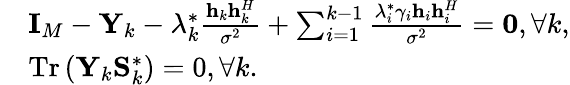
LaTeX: \begin{array}{rl}&{{{\mathbf{I}}_{M}}-{{\mathbf{Y}}_{k}}-\lambda_{k}^{*}\frac{{{{\mathbf{h}}_{k}}{\mathbf{h}}_{k}^{H}}}{{{\sigma^{2}}}}+\sum_{i=1}^{k-1}{\frac{{\lambda_{i}^{*}{\gamma_{i}}{{\mathbf{h}}_{i}}{\mathbf{h}}_{i}^{H}}}{{{\sigma^{2}}}}}={\mathbf{0}},\forall k,}\\ &{\mathrm{{Tr}}\left({{{\mathbf{Y}}_{k}}{\mathbf{S}}_{k}^{*}}\right)=0,\forall k.}\end{array}